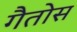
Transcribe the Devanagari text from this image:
गैतोस